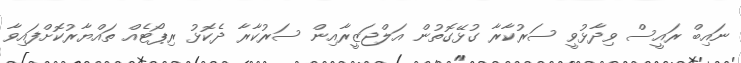
ނައިބް ރައީސް ވިދާޅުވީ ސަރުކާރާ ގުޅޭގޮތުން އަލްޖަޒީރާއިން ސަރުކާރާ ދެކޮޅު ރިޕޯޓެއް ތައްޔާރުކޮށްފައިވާ